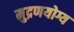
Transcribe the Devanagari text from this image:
मुद्रणयोग्य